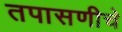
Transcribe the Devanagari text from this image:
तपासणीचे